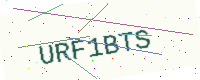
Text: URF1BTS